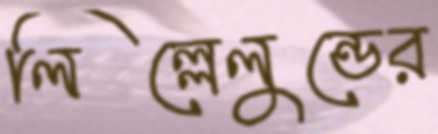
লিল্লেলুন্ডের